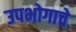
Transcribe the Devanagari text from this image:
उपभोगाचे